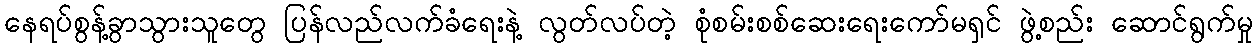
နေရပ်စွန့်ခွာသွားသူတွေ ပြန်လည်လက်ခံရေးနဲ့ လွတ်လပ်တဲ့ စုံစမ်းစစ်ဆေးရေးကော်မရှင် ဖွဲ့စည်း ဆောင်ရွက်မှု